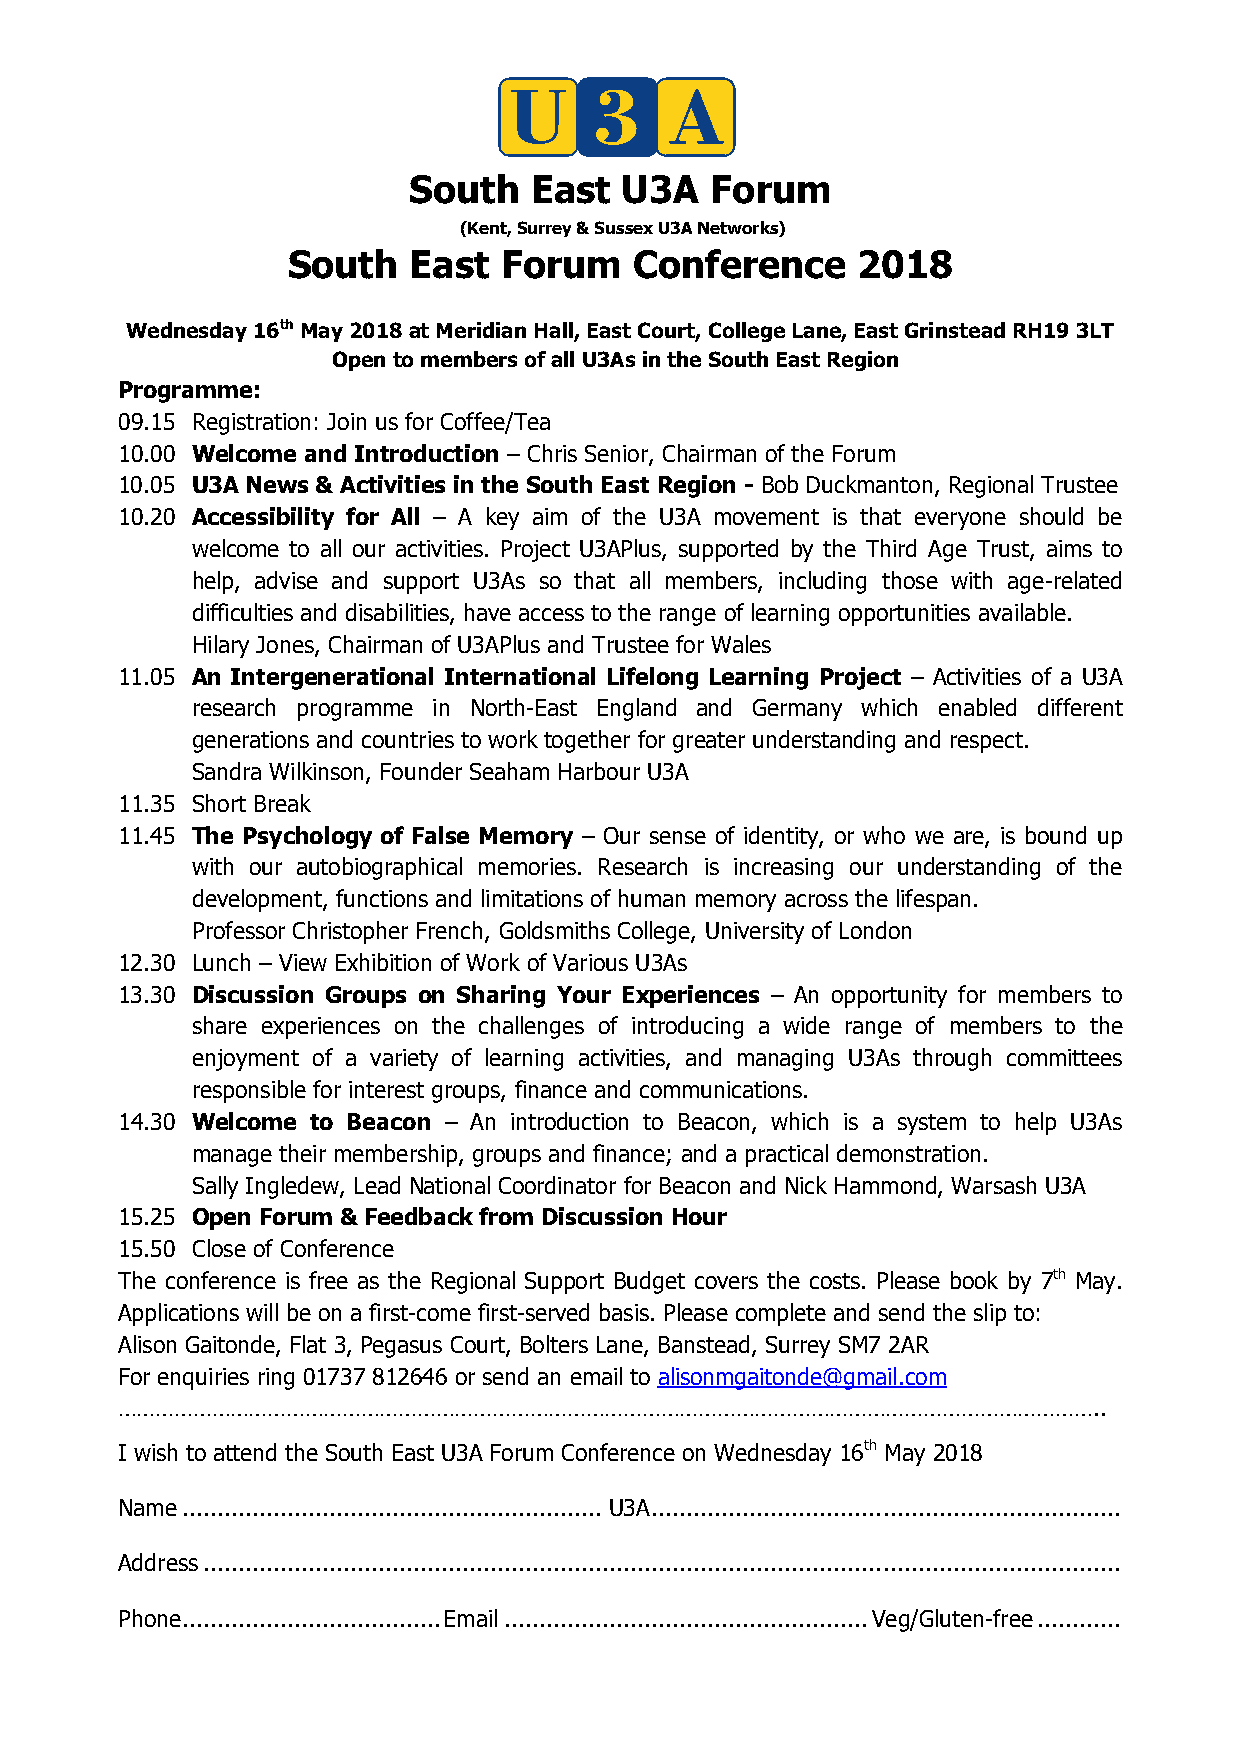
South   East  U3A   Forum
 (Kent, Surrey & Sussex U3A Networks)
 South   East  Forum    Conference     2018
 Wednesday 16th May 2018 at Meridian Hall, East Court, College Lane, East Grinstead RH19 3LT
 Open to members of all U3As in the South East Region
 Programme:
 09.15 Registration: Join us for Coffee/Tea
 10.00 Welcome and Introduction – Chris Senior, Chairman of the Forum
 10.05 U3A News & Activities in the South East Region - Bob Duckmanton, Regional Trustee
 10.20 Accessibility for All – A key aim of the U3A movement is that everyone should be
 welcome to all our activities. Project U3APlus, supported by the Third Age Trust, aims to
 help, advise and support U3As so that all members, including those with age-related
 difficulties and disabilities, have access to the range of learning opportunities available.
 Hilary Jones, Chairman of U3APlus and Trustee for Wales
 11.05 An Intergenerational International Lifelong Learning Project – Activities of a U3A
 research programme in North-East England and Germany which enabled different
 generations and countries to work together for greater understanding and respect.
 Sandra Wilkinson, Founder Seaham Harbour U3A
 11.35 Short Break
 11.45 The Psychology of False Memory – Our sense of identity, or who we are, is bound up
 with our autobiographical memories. Research is increasing our understanding of the
 development, functions and limitations of human memory across the lifespan.
 Professor Christopher French, Goldsmiths College, University of London
 12.30 Lunch – View Exhibition of Work of Various U3As
 13.30 Discussion Groups on Sharing Your Experiences – An opportunity for members to
 share experiences on the challenges of introducing a wide range of members to the
 enjoyment of a variety of learning activities, and managing U3As through committees
 responsible for interest groups, finance and communications.
 14.30 Welcome to Beacon – An introduction to Beacon, which is a system to help U3As
 manage their membership, groups and finance; and a practical demonstration.
 Sally Ingledew, Lead National Coordinator for Beacon and Nick Hammond, Warsash U3A
 15.25 Open Forum & Feedback from Discussion Hour
 15.50 Close of Conference
 The conference is free as the Regional Support Budget covers the costs. Please book by 7th May.
 Applications will be on a first-come first-served basis. Please complete and send the slip to:
 Alison Gaitonde, Flat 3, Pegasus Court, Bolters Lane, Banstead, Surrey SM7 2AR
 For enquiries ring 01737 812646 or send an email to alisonmgaitonde@gmail.com
 …………………………………………………………………………………………………………………………………………..
 I wish to attend the South East U3A Forum Conference on Wednesday 16th May 2018
 Name ............................................................ U3A ...................................................................
 Address ...................................................................................................................................
 Phone ..................................... Email .................................................... Veg/Gluten-free ............